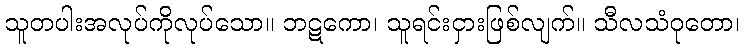
သူတပါးအလုပ်ကိုလုပ်သော။ ဘဋကော၊ သူရင်းငှားဖြစ်လျက်။ သီလသံဝုတော၊